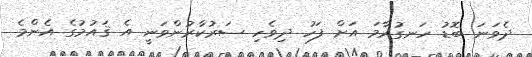
ދެވަނަ ބޮޑު ހަނގުރާމަ އަށް ފަހު ދިވެހި ސަރުކާރުންވަނީ އެ ޤައުމުގެ އެންމެ